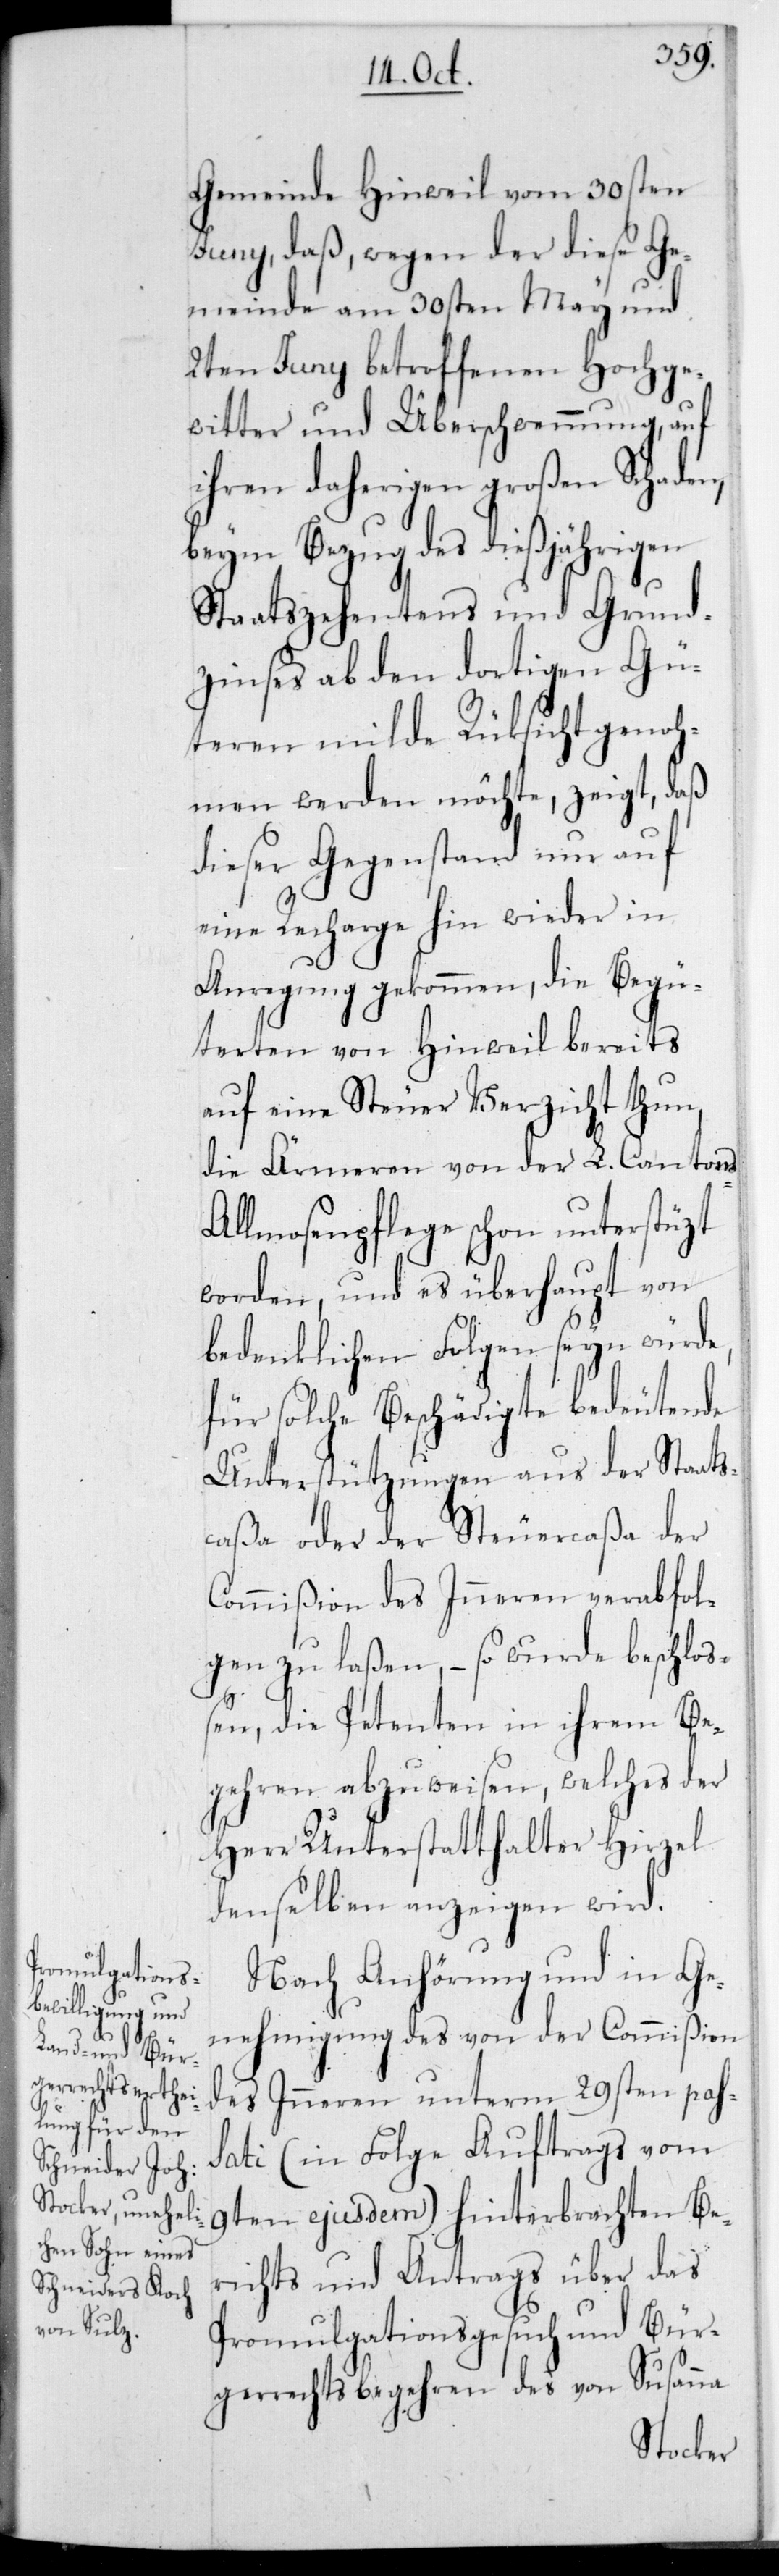
Gemeinde Hinweil vom 30sten
Junii, daß wegen der diese Ge¬
meinde am 30sten May und
2ten Junii betroffenen Hochge¬
witter und Überschwemmung, auf
ihren daherigen großen Schaden,
beym Bezug des dießjährigen
Staatszehentens und Grund¬
zinses ab den dortigen Gü¬
teren milde Rücksicht genoh¬
men werden möchte, zeigt, daß
dieser Gegenstand nur auf
eine Recharge hin wieder in
Anregung gekommen, die Begü¬
terten von Hinweil bereits
auf eine Steuer Verzicht thun,
die Ärmeren von der L. Canton¬
llmosenpflege schon unterstüzt
worden, und es überhaupt von
bedenklichen Folgen seyn würde,
für solche Beschädigte bedeutende
Unterstützungen aus der Staats¬
caßa oder der Steuercaßa der
Commißion des Inneren verabfol¬
gen zu laßen, – so wurde beschloß¬
s-A¬
en, die Petenten in ihrem Be¬
gehren abzuweisen, welches der
Herr Unterstatthalter Hirzel
denselben anzeigen wird.
Nach Anhörung und in Ge¬
nehmigung des von der Commißion
des Inneren unterm 29sten pas¬
sati (in Folge Auftrags vom
9ten ejusdem) hinterbrachten Be¬
richts und Antrags über das
Promulgationsgesuch und Bür¬
gerrechtsbegehren des von Susanna